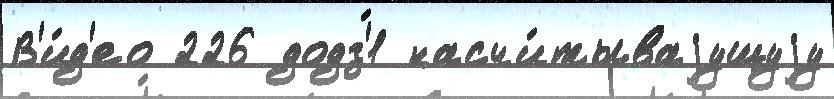
В'и́д'ео 226 додз'́1 насчи́тываjущуjу